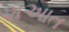
શઆત